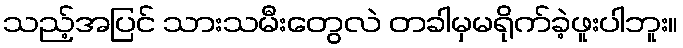
သည့်အပြင် သားသမီးတွေလဲ တခါမှမရိုက်ခဲ့ဖူးပါဘူး။